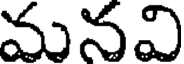
మనవి